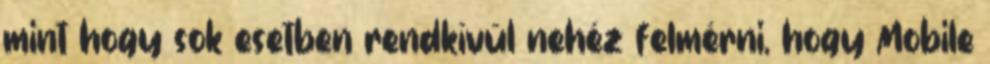
mint hogy sok esetben rendkívül nehéz felmérni, hogy Mobile